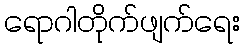
ရောဂါတိုက်ဖျက်ရေး